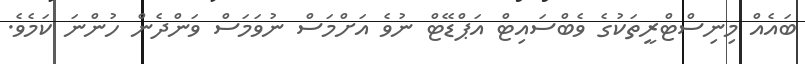
ބައެއް މިނިސްޓްރީތަކުގެ ވެބްސައިޓް އަޕްޑޭޓް ނުވެ އަށްމަސް ނުވަމަސް ވަންދެން ހުންނަ ކަމެވެ.